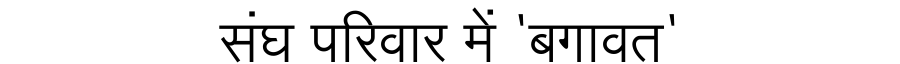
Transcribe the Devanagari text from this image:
संघ परिवार में 'बगावत'